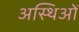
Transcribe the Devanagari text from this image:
अस्थिओं